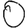
Digit: 0